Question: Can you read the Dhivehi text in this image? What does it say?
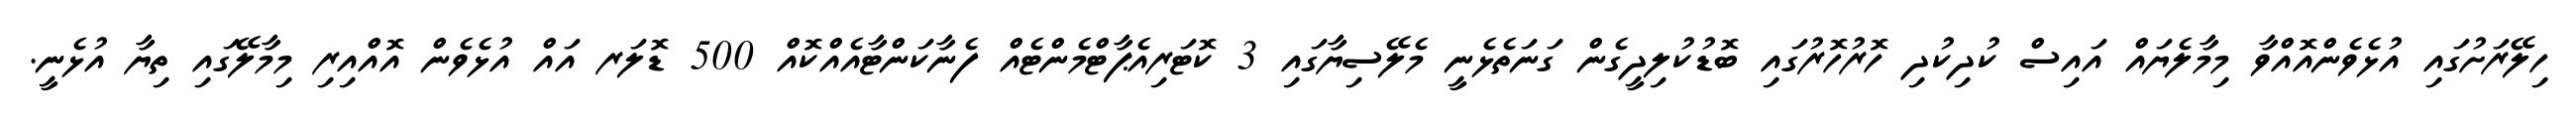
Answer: ހިލޭރަށުގައި އުޅެވެންއޮއްވާ މިމާލެޔައް އައިސް ކުދިކުދި ހޮރުހޮރުގައި ބޮޑުކުލިދީގެން ގަނަތެޅެނީ މެލޭސިޔާގައި 3 ކޮޓަރިއެޕާޓްމެންޓެއް ފެނާކަންޓާއެއްކޮއް 500 ޑޮލަރ އައް އުޅެވެން އޮއްއިރި މިމާލޭގައި ތިޔާ އުޅެނީ.